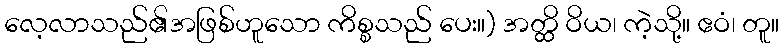
လေ့လာသည်၏အဖြစ်ဟူသော ကိစ္စသည် ပေး။) အတ္ထိ ဝိယ၊ ကဲ့သို့။ ဧဝံ၊ တူ။